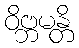
ဝိဗ္ဘမန္တိ